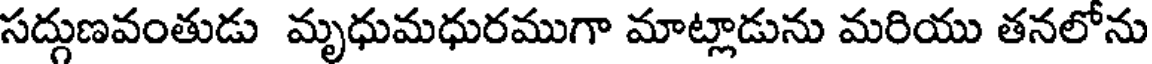
సద్దుణవంతుడు మృధుమధురముగా మాట్లాడును మరియు తనలోను